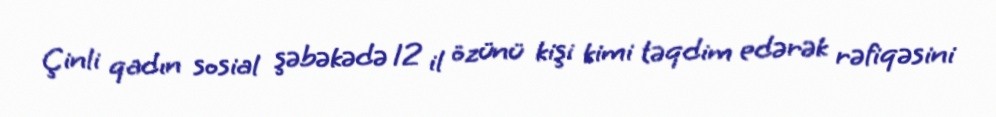
Çinli qadın sosial şəbəkədə 12 il özünü kişi kimi təqdim edərək rəfiqəsini